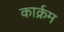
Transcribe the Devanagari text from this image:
कार्क्रम